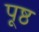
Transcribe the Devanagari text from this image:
पूष्ठ